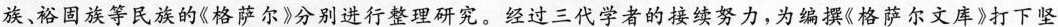
族、裕固族等民族的《格萨尔》分别进行整理研究。经过三代学者的接续努力，为编撰《格萨尔文库》打下坚